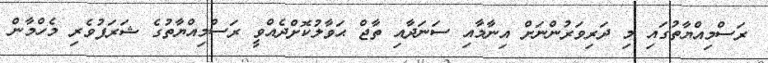
ރަސްމިއްޔާތުގައި މި ދަރިވަރުންނަށް އިނާމާއި ސަނަދާއި ތާޖް ޙަވާލުކޮށްދެއްވީ ރަސްމިއްޔާތުގެ ޝަރަފުވެރި މެހްމާން